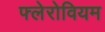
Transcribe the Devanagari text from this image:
फ्लेरोवियम